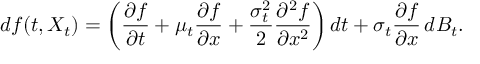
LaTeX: d f ( t , X _ { t } ) = \left( { \frac { \partial f } { \partial t } } + \mu _ { t } { \frac { \partial f } { \partial x } } + { \frac { \sigma _ { t } ^ { 2 } } { 2 } } { \frac { \partial ^ { 2 } f } { \partial x ^ { 2 } } } \right) d t + \sigma _ { t } { \frac { \partial f } { \partial x } } \, d B _ { t } .